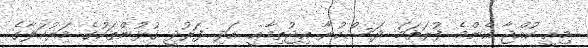
މިއީ ކުއްޖާ އެންމެ ފުރަތަމަ ދަސްކުރާ އިޖުތިމާއީ އަދި ފަރުދީ ގުޅުންތަކުގެ މަރުހަލާގެ